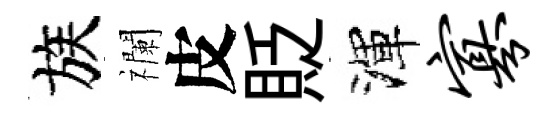
族襴皮貶渾寡